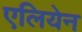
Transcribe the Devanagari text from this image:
एलियेन